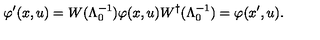
\varphi ^ { \prime } ( x , u ) = W ( \Lambda _ { 0 } ^ { - 1 } ) \varphi ( x , u ) W ^ { \dagger } ( \Lambda _ { 0 } ^ { - 1 } ) = \varphi ( x ^ { \prime } , u ) .